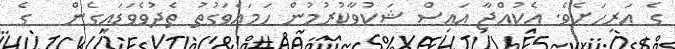
ގެ އަރިހަށެވެ. އެކުއްޖާ އައިސް ޝަކުވާކުރުމުން ހަމައެވަގުތު ތެދުވެވަޑައިގެން   ގެ